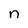
Character: n